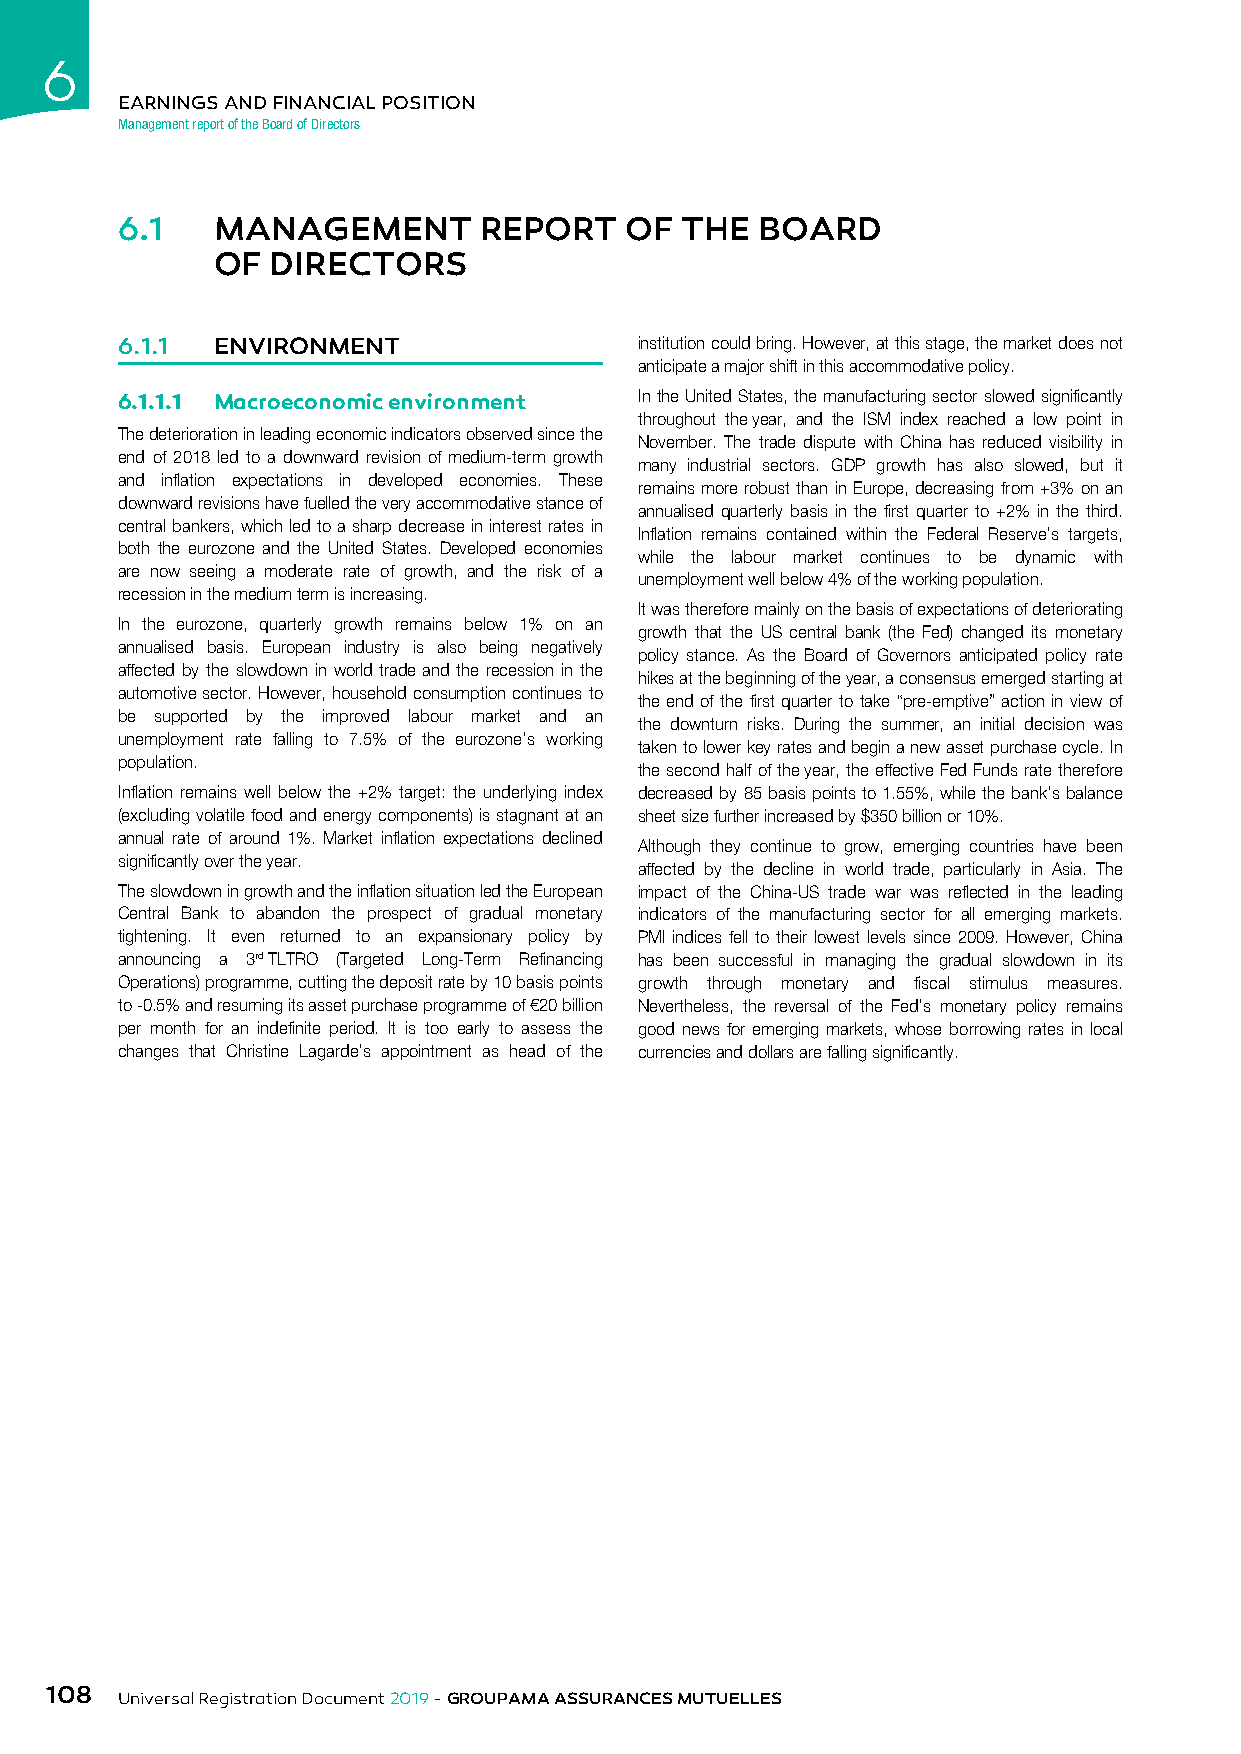
6
 EARNINGS AND FINANCIAL POSITION
 Management report of the Board of Directors
 6.1   MANAGEMENT        REPORT   OF  THE  BOARD
 OF  DIRECTORS
 6.1.1 ENVIRONMENT                 institution could bring. However, at this stage, the market does not
 anticipate a major shift in this accommodative policy.
 6.1.1.1 Macroeconomic environment In the United States, the manufacturing sector slowed significantly
 throughout the year, and the ISM index reached a low point in
 The deterioration in leading economic indicators observed since the
 November. The trade dispute with China has reduced visibility in
 end of 2018 led to a downward revision of medium-term growth
 many industrial sectors. GDP growth has also slowed, but it
 and inflation expectations in developed economies. These
 remains more robust than in Europe, decreasing from +3% on an
 downward revisions have fuelled the very accommodative stance of
 annualised quarterly basis in the first quarter to +2% in the third.
 central bankers, which led to a sharp decrease in interest rates in
 Inflation remains contained within the Federal Reserve’s targets,
 both the eurozone and the United States. Developed economies
 while the labour market continues to be dynamic with
 are now seeing a moderate rate of growth, and the risk of a
 unemployment well below 4% of the working population.
 recession in the medium term is increasing.
 It was therefore mainly on the basis of expectations of deteriorating
 In the eurozone, quarterly growth remains below 1% on an
 growth that the US central bank (the Fed) changed its monetary
 annualised basis. European industry is also being negatively
 policy stance. As the Board of Governors anticipated policy rate
 affected by the slowdown in world trade and the recession in the
 hikes at the beginning of the year, a consensus emerged starting at
 automotive sector. However, household consumption continues to
 the end of the first quarter to take “pre-emptive” action in view of
 be supported by the improved labour market and an
 the downturn risks. During the summer, an initial decision was
 unemployment rate falling to 7.5% of the eurozone’s working
 taken to lower key rates and begin a new asset purchase cycle. In
 population.
 the second half of the year, the effective Fed Funds rate therefore
 Inflation remains well below the +2% target: the underlying index decreased by 85 basis points to 1.55%, while the bank’s balance
 (excluding volatile food and energy components) is stagnant at an sheet size further increased by $350 billion or 10%.
 annual rate of around 1%. Market inflation expectations declined
 Although they continue to grow, emerging countries have been
 significantly over the year.
 affected by the decline in world trade, particularly in Asia. The
 The slowdown in growth and the inflation situation led the European impact of the China-US trade war was reflected in the leading
 Central Bank to abandon the prospect of gradual monetary indicators of the manufacturing sector for all emerging markets.
 tightening. It even returned to an expansionary policy by PMI indices fell to their lowest levels since 2009. However, China
 announcing a 3rd TLTRO (Targeted Long-Term Refinancing has been successful in managing the gradual slowdown in its
 Operations) programme, cutting the deposit rate by 10 basis points growth through monetary and fiscal stimulus measures.
 to -0.5% and resuming its asset purchase programme of €20 billion Nevertheless, the reversal of the Fed’s monetary policy remains
 per month for an indefinite period. It is too early to assess the good news for emerging markets, whose borrowing rates in local
 changes that Christine Lagarde’s appointment as head of the currencies and dollars are falling significantly.
 108
 Universal Registration Document 2019 - GROUPAMA ASSURANCES MUTUELLES